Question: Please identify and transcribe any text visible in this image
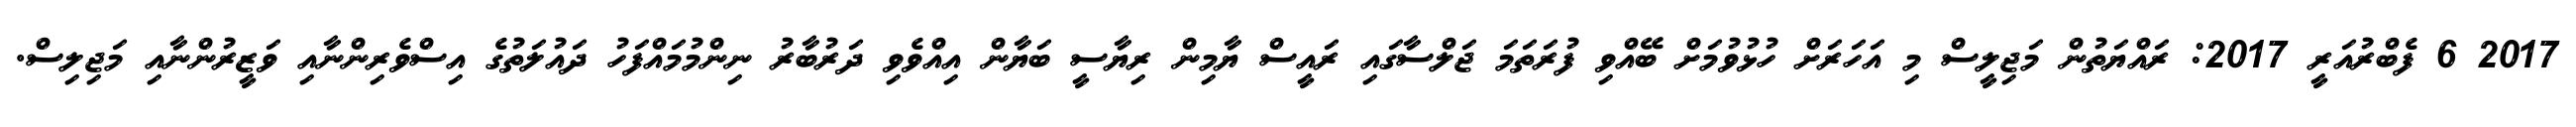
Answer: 2017 6 ފެބްރުއަރީ 2017: ރައްޔަތުން މަޖިލީސް މި އަހަރަށް ހުޅުވުމަށް ބޭއްވި ފުރަތަމަ ޖަލްސާގައި ރައީސް ޔާމިން ރިޔާސީ ބަޔާން އިއްވެވި ދަރުބާރު ނިންމުމައްފަހު ދައުލަތުގެ އިސްވެރިންނާއި ވަޒީރުންނާއި މަޖިލިސް.